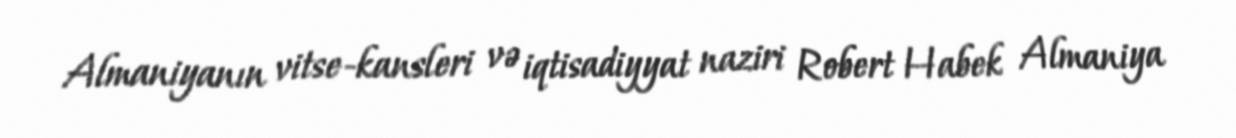
Almaniyanın vitse-kansleri və iqtisadiyyat naziri Robert Habek Almaniya